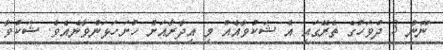
ނޫން 3 ދުވަހުގެ ތެރޭގައި އެ ޝަކުވާއެއް މި އިދާރާއަށް ހުށަހަޅަންވާނެއެވެ. ޝަކުވާ